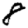
Digit: 8